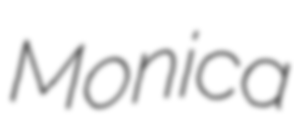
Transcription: Monica